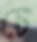
চে